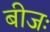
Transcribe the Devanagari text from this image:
बीजः